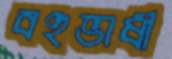
বহুভাষী